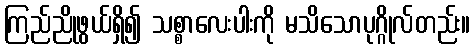
ကြည်ညိုဖွယ်ရှိ၍ သစ္စာလေးပါးကို မသိသောပုဂ္ဂိုလ်တည်း။